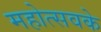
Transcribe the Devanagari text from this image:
महोत्सवके